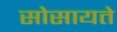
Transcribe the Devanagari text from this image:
सोसायते